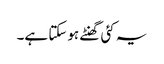
یہ کئی گھنٹے ہوسکتا ہے۔